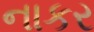
નાકર